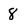
Character: 8